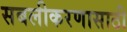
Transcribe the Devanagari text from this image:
सबलीकरणासाठी